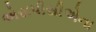
એસપીસીએના